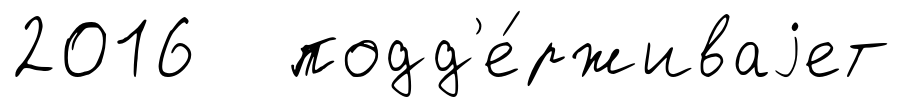
2016 подд'е́рживаjет